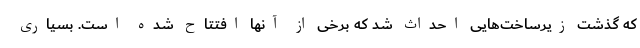
که گذشت زیرساخت‌هایی احداث شد که برخی از آنها افتتاح شده است. بسیاری